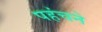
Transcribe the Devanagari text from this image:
पहंचने